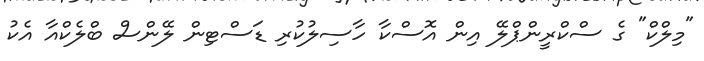
"މިލްކް" ގެ ސްކްރީންޕްލޭ އިން އޮސްކާ ހާސިލުކުރި ޑަސްޓިން ލޭންސް ބްލެކްއާ އެކު